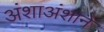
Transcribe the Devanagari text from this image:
अंशाअंशाने